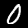
Label: 0